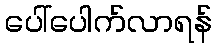
ပေါ်ပေါက်လာရန်